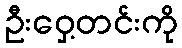
ဦးဝှေ့တင်းကို